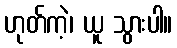
ဟုတ်ကဲ့၊ ယူ သွားပါ။